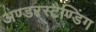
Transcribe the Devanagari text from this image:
अण्डरस्टैण्डिंग